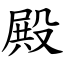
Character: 殿